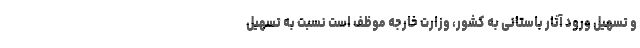
و تسهیل ورود آثار باستانی به کشور، وزارت خارجه موظف است نسبت به تسهیل